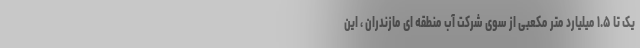
یک تا ۱.۵ میلیارد متر مکعبی از سوی شرکت آب منطقه ای مازندران ، این